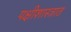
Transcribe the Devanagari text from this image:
पक्षीशास्त्रात